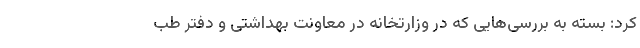
کرد: بسته به بررسی‌هایی که در وزارتخانه در معاونت بهداشتی و دفتر طب